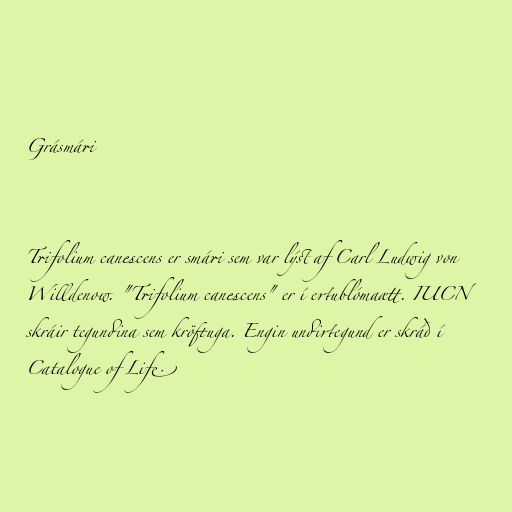
Grásmári

Trifolium canescens er smári sem var lýst af Carl Ludwig von
Willdenow. "Trifolium canescens" er í ertublómaætt. IUCN
skráir tegundina sem kröftuga. Engin undirtegund er skráð í
Catalogue of Life.